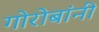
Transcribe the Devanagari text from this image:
गोरोबांनी